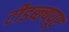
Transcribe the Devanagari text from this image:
टीडब्ल्ययूए